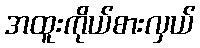
အထူးကိုယ်စားလှယ်